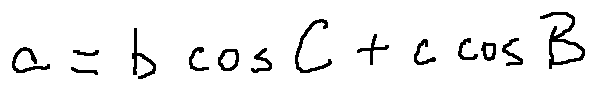
a = b \cos C + c \cos B